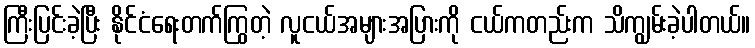
ကြီးပြင်းခဲ့ပြီး နိုင်ငံရေးတက်ကြွတဲ့ လူငယ်အများအပြားကို ငယ်ကတည်းက သိကျွမ်းခဲ့ပါတယ်။